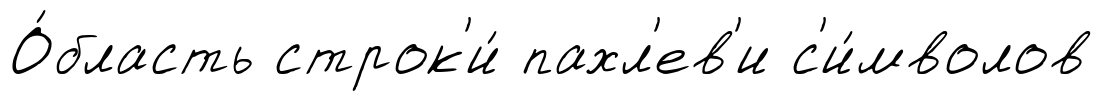
О́бласть строк'и́ пахл'ев'и с'и́мволов